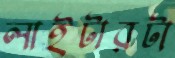
লাইটারটা